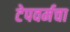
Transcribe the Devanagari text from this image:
टेपवर्मचा